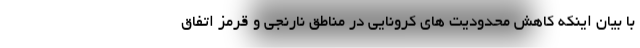
با بیان اینکه کاهش محدودیت های کرونایی در مناطق نارنجی و قرمز اتفاق